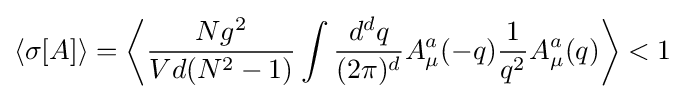
\langle \sigma [A]\rangle =\left\langle {\frac {Ng^{2}}{Vd(N^{2}-1)}}\int {\frac {d^{d}q}{(2\pi )^{d}}}A_{\mu }^{a}(-q){\frac {1}{q^{2}}}A_{\mu }^{a}(q)\right\rangle <1\;